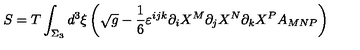
S = T \int _ { \Sigma _ { 3 } } d ^ { 3 } \xi \left( \sqrt { g } - \frac { 1 } { 6 } \varepsilon ^ { i j k } \partial _ { i } X ^ { M } \partial _ { j } X ^ { N } \partial _ { k } X ^ { P } A _ { M N P } \right)